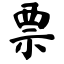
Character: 票